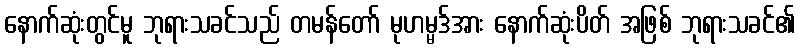
နောက်ဆုံးတွင်မူ ဘုရားသခင်သည် တမန်တော် မုဟမ္မဒ်အား နောက်ဆုံးပိတ် အဖြစ် ဘုရားသခင်၏